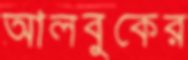
আলবুকের